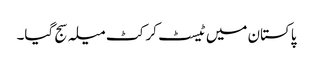
پاکستان میں ٹیسٹ کرکٹ میلہ سج گیا۔